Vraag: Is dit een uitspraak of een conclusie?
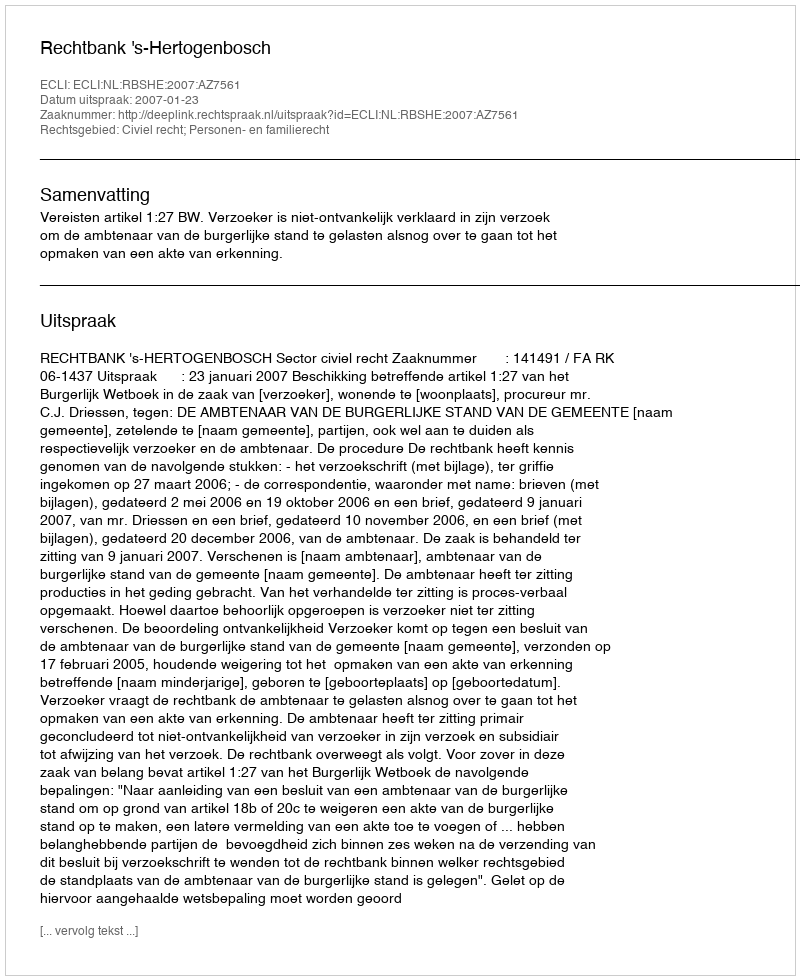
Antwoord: Uitspraak